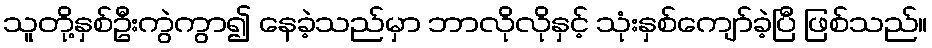
သူတို့နှစ်ဦးကွဲကွာ၍ နေခဲ့သည်မှာ ဘာလိုလိုနှင့် သုံးနှစ်ကျော်ခဲ့ပြီ ဖြစ်သည်။